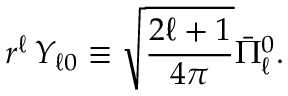
r ^ { \ell } \, Y _ { \ell 0 } \equiv { \sqrt { \frac { 2 \ell + 1 } { 4 \pi } } } { \bar { \Pi } } _ { \ell } ^ { 0 } .